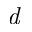
\textit { d }